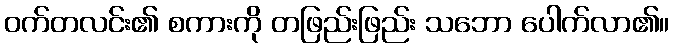
ဝက်တလင်း၏ စကားကို တဖြည်းဖြည်း သဘော ပေါက်လာ၏။